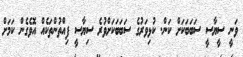
ވަނީ ސީޔާސީ ސަބަބަކަށް ކަން. ކުޅިވަރުގެ ސަބަބަކަށްވުރެ ސިޔާސީ ފިއްތުންތަކެއް އޮވެގެން ކަމަށް